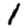
Digit: 1